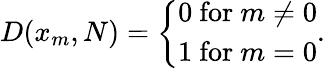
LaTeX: D(x_{m},N)={\left\{ \begin{array}{ll}{0{\mathrm{~for~}}m\neq 0}\\ {1{\mathrm{~for~}}m=0}\end{array}\right.}.